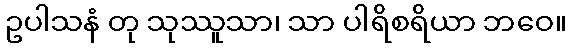
ဥပါသနံ တု သုဿူသာ၊ သာ ပါရိစရိယာ ဘဝေ။